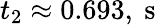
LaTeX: t_{2}\approx 0.693,\mathrm{~s~}